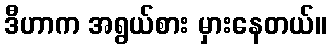
ဒီဟာက အရွယ်စား မှားနေတယ်။